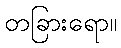
တခြားရော။